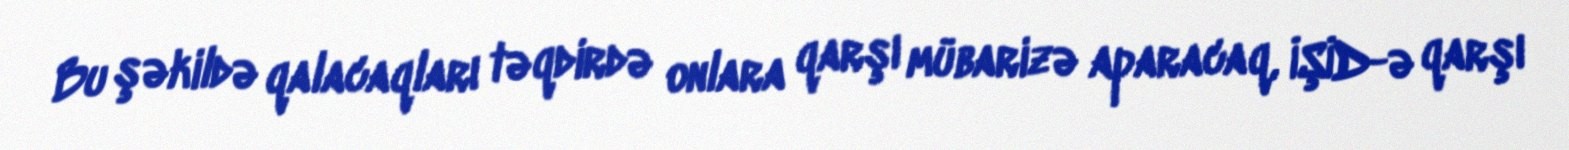
Bu şəkildə qalacaqları təqdirdə onlara qarşı mübarizə aparacaq, İŞİD-ə qarşı